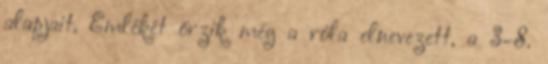
alapjait. Emlékét őrzik még a róla elnevezett, a 3–8.